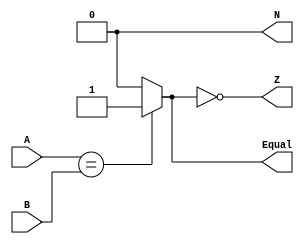
//design
module Equality (input [31:0] A, B, 
                 output reg Equal, Z, N);
  
  always @ (A or B)
    begin
      Equal = (A == B) ? 1 : 0;
      
      N = 0;
      Z = !Equal;
    end
endmodule


//testbench
module Equality_test;
  reg [31:0] A, B;
  wire Equal, Z, N;
  
  Equality myEquality(A, B, Equal, Z, N);
  
  initial
    begin
      $monitor("    A         B     | Equal  Z  N");
      #5 A = 32'h00000001; B = 32'h00000001;											//2 positive equal
      $monitor("%h  %h  |   %d    %d  %d", A, B, Equal, Z, N);
      #5 A = 32'h00000002; B = 32'h00000001;											//2 positive A > B
      $monitor("%h  %h  |   %d    %d  %d", A, B, Equal, Z, N);
      #5 A = 32'h00000001; B = 32'h00000002;											//2 positive A < B
      $monitor("%h  %h  |   %d    %d  %d", A, B, Equal, Z, N);
      #5 A = -32'h00000001; B = -32'h00000001;										//2 negative equal
      $monitor("%h  %h  |   %d    %d  %d", A, B, Equal, Z, N);
      #5 A = -32'h00000001; B = -32'h00000002;										//2 negative A > B
      $monitor("%h  %h  |   %d    %d  %d", A, B, Equal, Z, N);
      #5 A = -32'h00000002; B = -32'h00000001;										//2 negative A < B
      $monitor("%h  %h  |   %d    %d  %d", A, B, Equal, Z, N);
    end
endmodule